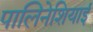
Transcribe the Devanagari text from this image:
पालिनेशियाई